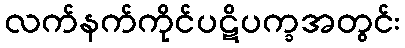
လက်နက်ကိုင်ပဋိပက္ခအတွင်း